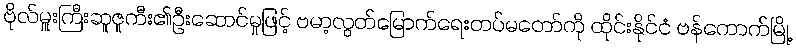
ဗိုလ်မှူးကြီးဆူဇူကီး၏ဦးဆောင်မှုဖြင့် ဗမာ့လွတ်မြောက်ရေးတပ်မတော်ကို ထိုင်းနိုင်ငံ ဗန်ကောက်မြို့